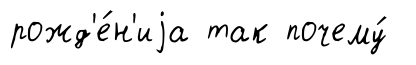
рожд'е́н'иjа так почему́